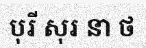
បុរី សុរ នា ថ